Indian journal of veterinary science and animal husbandry - Volume 8,
Year: 1938
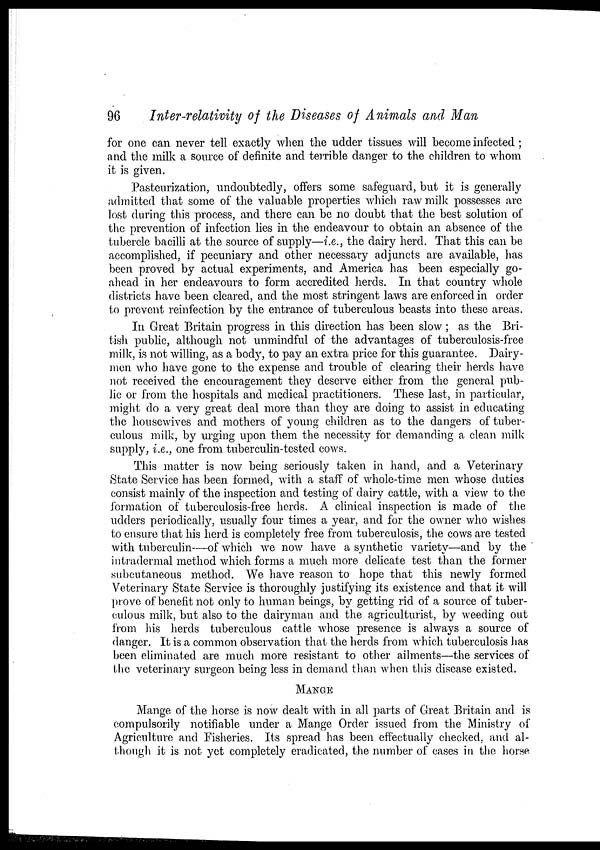
96
Inter-relativity of the Diseases of Animals and Man
for one can never tell exactly when the udder tissues will become infected;
and the milk a source of definite and terrible danger to the children to whom
it is given.
Pasteurization, undoubtedly, offers some safeguard, but it is generally
admitted that some of the valuable properties which raw milk possesses are
lost during this process, and there can be no doubt that the best solution of
the prevention of infection lies in the endeavour to obtain an absence of the
tubercle bacilli at the source of supply—i.e., the dairy herd. That this can be
accomplished, if pecuniary and other necessary adjuncts are available, has
been proved by actual experiments, and America has been especially go-
ahead in her endeavours to form accredited herds. In that country whole
districts have been cleared, and the most stringent laws are enforced in order
to prevent reinfection by the entrance of tuberculous beasts into these areas.
In Great Britain progress in this direction has been slow; as the Bri-
tish public, although not unmindful of the advantages of tuberculosis-free
milk, is not willing, as a body, to pay an extra price for this guarantee. Dairy-
men who have gone to the expense and trouble of clearing their herds have
not received the encouragement they deserve either from the general pub-
lic or from the hospitals and medical practitioners. These last, in particular,
might do a very great deal more than they are doing to assist in educating
the housewives and mothers of young children as to the dangers of tuber-
culous milk, by urging upon them the necessity for demanding a clean milk
supply, i.e., one from tuberculin-tested cows.
This matter is now being seriously taken in hand, and a Veterinary
State Service has been formed, with a staff of whole-time men whose duties
consist mainly of the inspection and testing of dairy cattle, with a view to the
formation of tuberculosis-free herds. A clinical inspection is made of the
udders periodically, usually four times a year, and for the owner who wishes
to ensure that his herd is completely free from tuberculosis, the cows are tested
with tuberculin—of which we now have a synthetic variety—and by the '
intradermal method which forms a much more delicate test than the former
subcutaneous method. We have reason to hope that this newly formed
Veterinary State Service is thoroughly justifying its existence and that it will
prove of benefit not only to human beings, by getting rid of a source of tuber-
culous milk, but also to the dairyman and the agriculturist, by weeding out
from his herds tuberculous cattle whose presence is always a source of
danger. It is a common observation that the herds from which tuberculosis has
been eliminated are much more resistant to other ailments—the services of
the veterinary surgeon being less in demand than when this disease existed.
MANGE
Mange of the horse is now dealt with in all parts of Great Britain and is
compulsorily notifiable under a Mange Order issued from the Ministry of
Agriculture and Fisheries. Its spread has been effectually checked, and al-
though it is not yet completely eradicated, the number of cases in the horse